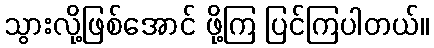
သွားလို့ဖြစ်အောင် ဖို့ကြ ပြင်ကြပါတယ်။